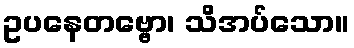
ဥပနေတဗ္ဗော၊ သိအပ်သော။